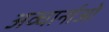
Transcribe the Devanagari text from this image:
अव्धार्नाओं